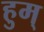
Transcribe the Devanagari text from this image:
हुम्